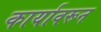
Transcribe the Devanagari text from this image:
कार्यावरून